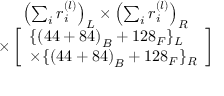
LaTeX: \begin{array} { c } { { \left( \sum _ { i } r _ { i } ^ { ( l ) } \right) _ { L } \times \left( \sum _ { i } r _ { i } ^ { ( l ) } \right) _ { R } } } \\ { { \times \left[ \begin{array} { l } { { \{ \left( 4 4 + 8 4 \right) _ { B } + 1 2 8 _ { F } \} _ { L } } } \\ { { \times \{ \left( 4 4 + 8 4 \right) _ { B } + 1 2 8 _ { F } \} _ { R } } } \end{array} \right] } } \end{array}